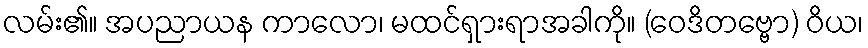
လမ်း၏။ အပညာယန ကာလော၊ မထင်ရှားရာအခါကို။ (ဝေဒိတဗ္ဗော) ဝိယ၊